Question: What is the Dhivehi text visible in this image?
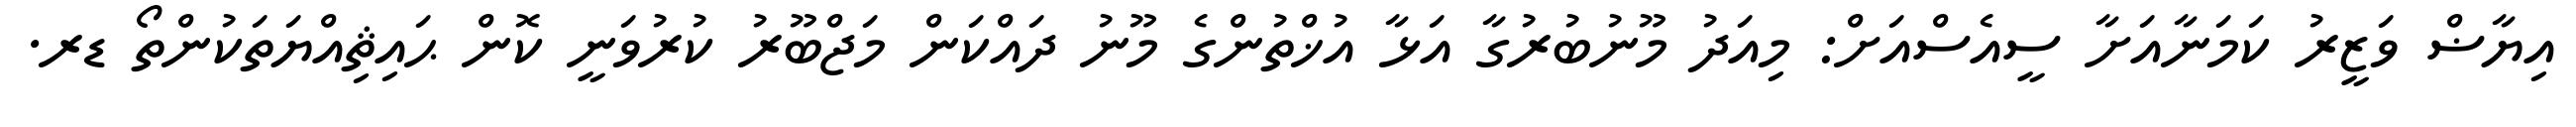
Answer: އިޔާޟް ވަޒީރު ކަމަނާއަށާ ސީއެސްއަށް: މިއަދު މޫނުބުރުގާ އަޅާ އުޚްތުންގެ މޫނު ދައްކަން މަޖްބޫރު ކުރުވަނީ ކޮން ޙައިޘިއްޔަތަކުންތޯ ޑރ.